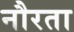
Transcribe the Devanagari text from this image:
नौरता